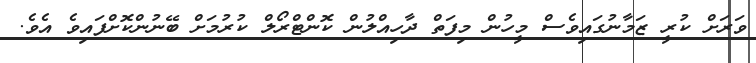
ވަރަށް ކުރީ ޒަމާނުގައިވެސް މީހުން މިފަތް ދާހިއްލުން ކޮންޓްރޯލް ކުރުމަށް ބޭނުންކޮށްފައިވެ އެވެ.